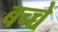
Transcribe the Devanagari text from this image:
बच्च्चे